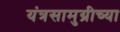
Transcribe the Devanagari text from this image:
यंत्रसामुग्रीच्या